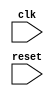
module TimingControlBlock (
    input wire clk,
    input wire reset,
    // Add any necessary input/output ports here
    );

    // Implement counter and timing signal generation logic here

endmodule